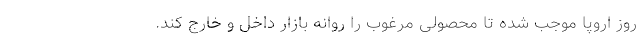
روز اروپا موجب شده تا محصولی مرغوب را روانه بازار داخل و خارج کند.